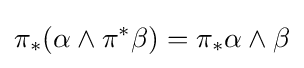
\pi _{*}(\alpha \wedge \pi ^{*}\beta )=\pi _{*}\alpha \wedge \beta